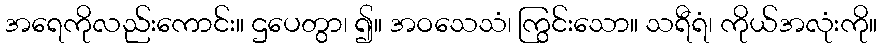
အရေကိုလည်းကောင်း။ ဌပေတွာ၊ ၍။ အဝသေသံ၊ ကြွင်းသော။ သရီရံ၊ ကိုယ်အလုံးကို။